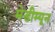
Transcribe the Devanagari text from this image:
मेडीम्यून